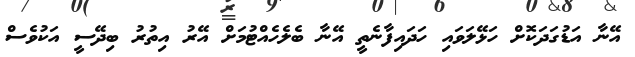
އޭނާ އަޑުގަދަކޮށް ހަޅޭލަވައި ހަދައިފާނެތީ އޭނާ ބެލެހެއްޓުމަށް އޭރު އިތުރު ބިދޭސީ އަކުވެސް